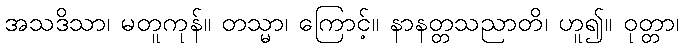
အသဒိသာ၊ မတူကုန်။ တသ္မာ၊ ကြောင့်။ နာနတ္တသညာတိ၊ ဟူ၍။ ဝုတ္တာ၊